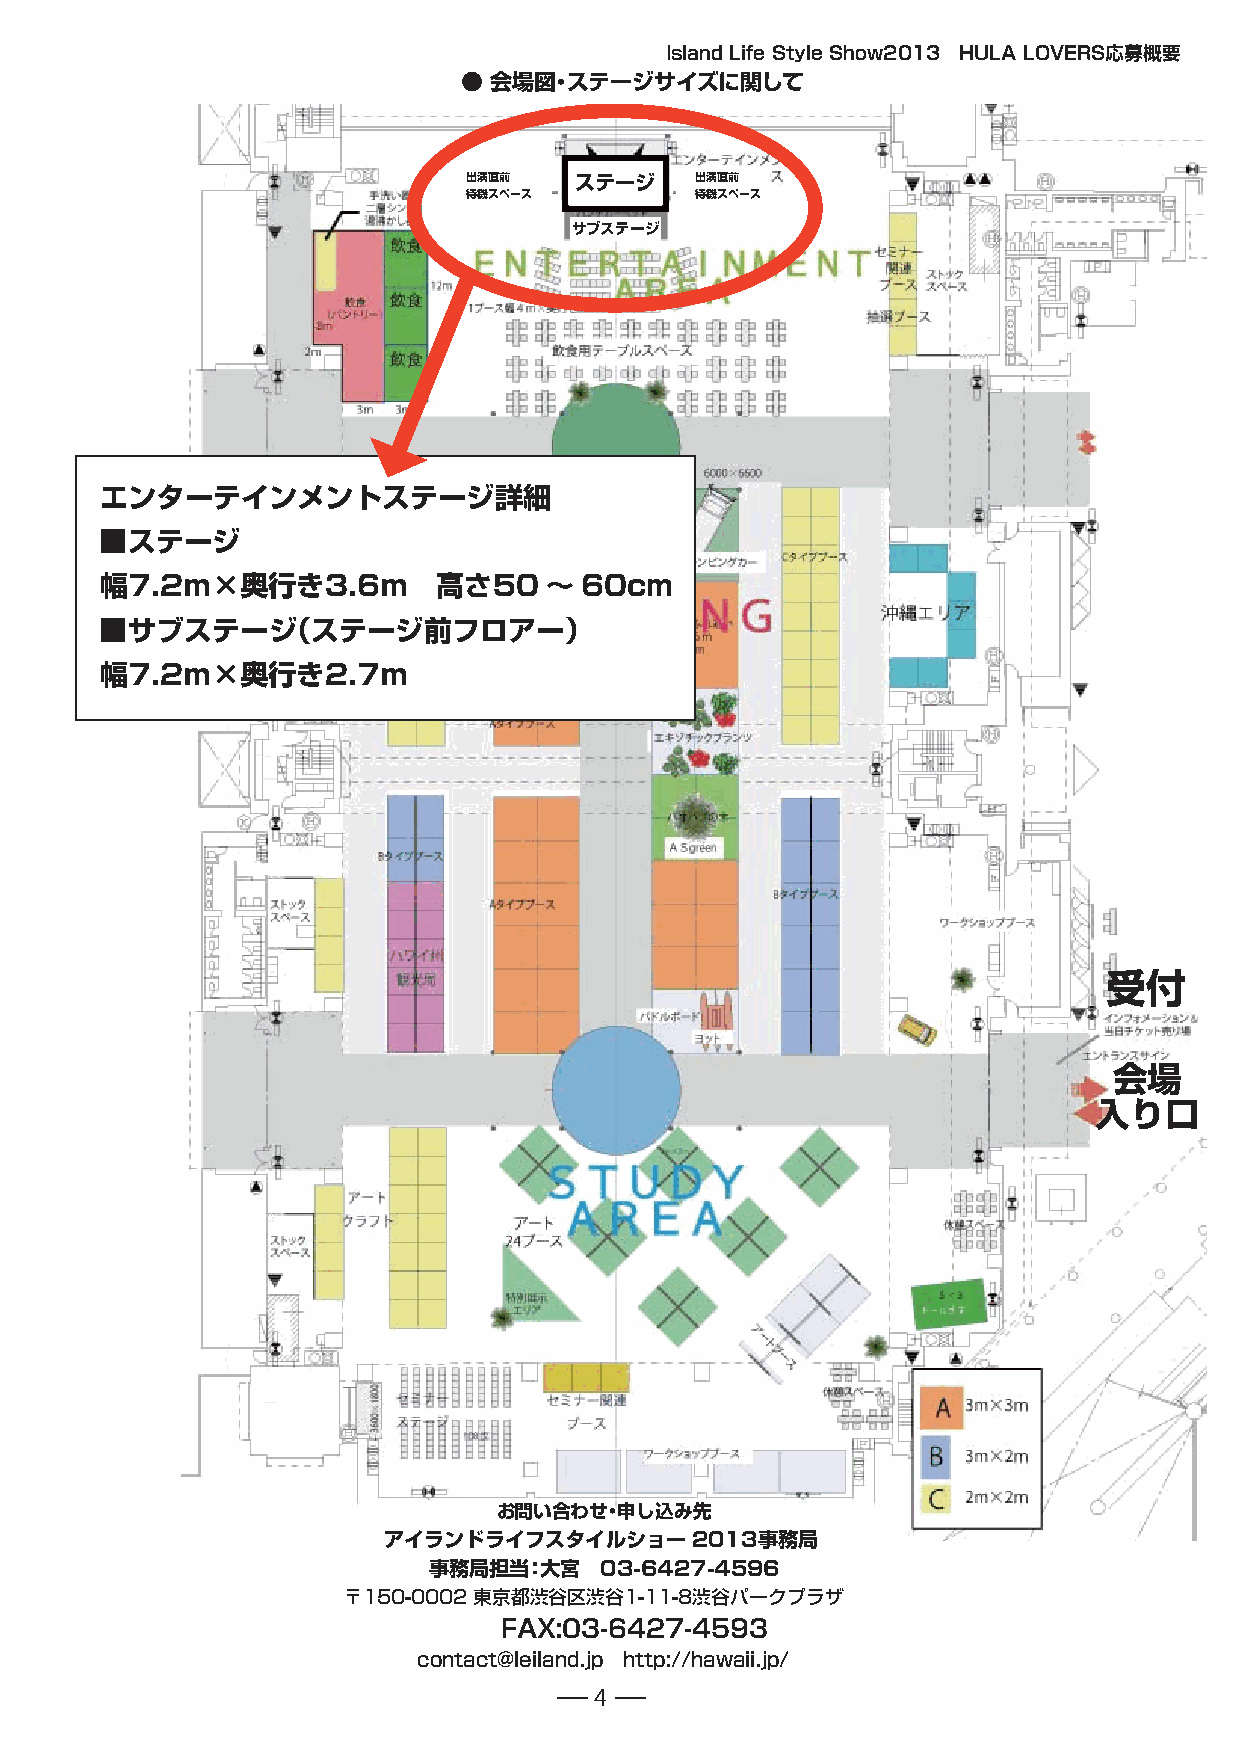
Island Life Style Show2013 HULA LOVERS応募概要
 ● 会場図・ステージサイズに関して
 出演直前   ステージ    出演直前
 待機スペース         待機スペース
 サブステージ
 エンターテインメントステージ詳細
 ■ステージ
 幅7.2ｍ×奥行き3.6ｍ         高さ50   〜 60cm
 ■サブステージ（ステージ前フロアー）
 幅7.2ｍ×奥行き2.7ｍ
 受付
 会場
 入り口
 お問い合わせ・申し込み先
 アイランドライフスタイルショー2013事務局
 事務局担当：大宮    03-6427-4596
 〒150-0002 東京都渋谷区渋谷1-11-8渋谷パークプラザ
 FAX:03-6427-4593
 contact@leiland.jp http://hawaii.jp/
 4